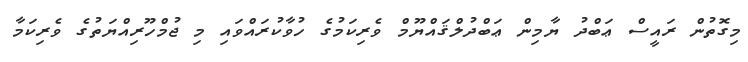
މިގޮތުން ރައީސް ޢަބްދު ޔާމިން ޢަބްދުލްޤައްޔޫމް ވެރިކަމުގެ ހުވާކުރައްވައި މި ޖުމްހޫރިއްޔަތުގެ ވެރިކަމާ